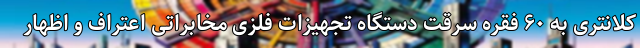
کلانتری به ۶۰ فقره سرقت دستگاه تجهیزات فلزی مخابراتی اعتراف و اظهار